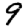
Digit: 9